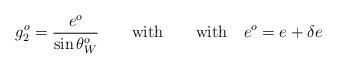
LaTeX: \begin{align*}g_2^o ={e^o \over \sin \theta^o_W} \qquad \hbox{with} \qquad \hbox{with} \quad e^o = e + \delta e\end{align*}